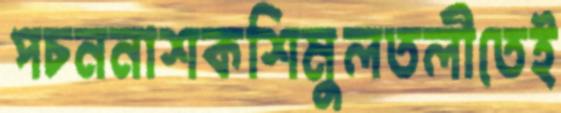
পচননাশকশিমুলতলীতেই